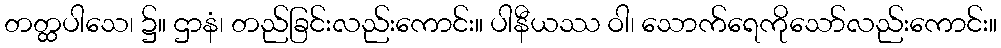
တတ္ထပါသေ၊ ၌။ ဌာနံ၊ တည်ခြင်းလည်းကောင်း။ ပါနီယဿ ဝါ၊ သောက်ရေကိုသော်လည်းကောင်း။